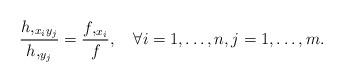
LaTeX: \begin{align*} \frac{h,_{x_iy_j}}{h,_{y_j}}=\frac{f,_{x_i}}{f}, \ \ \ \forall i=1,\ldots,n, j=1,\ldots,m.\end{align*}